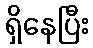
ရှိနေပြီး